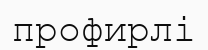
профирлі